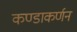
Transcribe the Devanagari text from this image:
कण्डाकर्णन